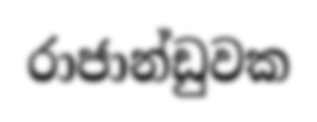
රාජාන්ඩුවක